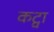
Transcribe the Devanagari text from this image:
कट्वा